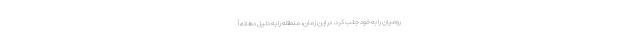
رومیان را به خود جلب کرد. در این زمان، منطقه را به دلیل دهانه‌‌ آ